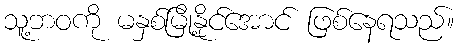
သူ့ဘဝကို မနှစ်မြို့နိုင်အောင် ဖြစ်နေရသည်။